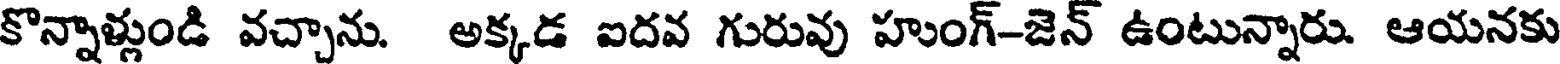
కొన్నాళ్లుండి వచ్చాను. అక్కడ ఐదవ గురువు హుంగ్-జెన్ ఉంటున్నారు. ఆయనకు